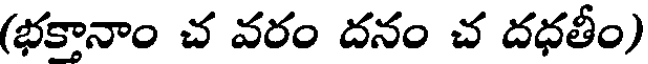
(భక్తానాం చ వరం దనం చ దధతీం)